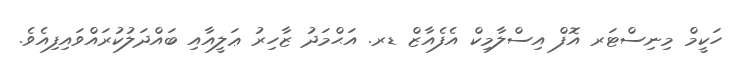
ހަކީމް މިނިސްޓަރ އޮފް އިސްލާމިކް އެފެއާޒް ޑރ. އަޙްމަދު ޒާހިރު ޢަލީއާއި ބައްދަލުކުރައްވައިފިއެވެ.